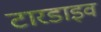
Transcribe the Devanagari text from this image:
टारडाइव